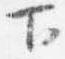
下